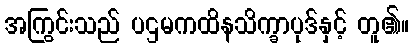
အကြွင်းသည် ပဌမကထိနသိက္ခာပုဒ်နှင့် တူ၏။